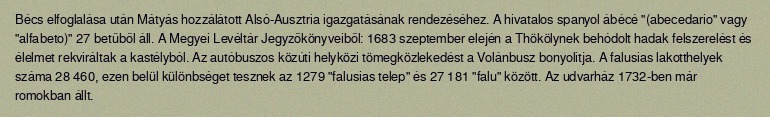
Bécs elfoglalása után Mátyás hozzálátott Alsó-Ausztria igazgatásának rendezéséhez. A hivatalos spanyol ábécé "(abecedario" vagy "alfabeto)" 27 betűből áll. A Megyei Levéltár Jegyzőkönyveiből: 1683 szeptember elején a Thökölynek behódolt hadak felszerelést és élelmet rekviráltak a kastélyból. Az autóbuszos közúti helyközi tömegközlekedést a Volánbusz bonyolítja. A falusias lakotthelyek száma 28 460, ezen belül különbséget tesznek az 1279 "falusias telep" és 27 181 "falu" között. Az udvarház 1732-ben már romokban állt.